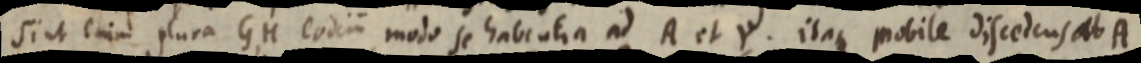
sint enim plura GH eodim modo se habentia ad A et Y. itaque mobile discedeus ab A